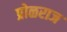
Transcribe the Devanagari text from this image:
प्रोळराज